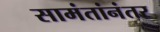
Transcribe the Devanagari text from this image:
सामंतांनंतर